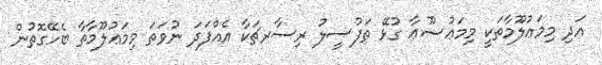
އަދި މިމަޢުލޫމާތަކީ މިމަޢުޟޫޢާ ގުޅޭ ތަފުސީލު ރިސާރޗަކާ އެއްފަދަ ނުވަތަ މިމަޢުލޫމާތާ ބެހޭގޮތުން